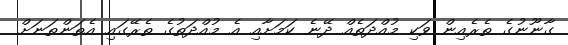
ގާނޫނުގެ ތެރެއިން ވަކި މުއްދަތެއް ދޭނެ ކަމަށާއި އެ މުއްދަތުގެ ތެރޭގައި އެތަންތަނަށް